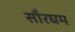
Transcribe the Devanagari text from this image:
सौरघम